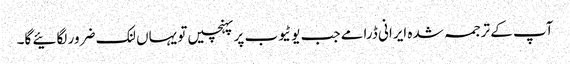
آپ کے ترجمہ شدہ ایرانی ڈرامے جب یوٹیوب پر پہنچیں تو یہاں لنک ضرور لگائیے گا۔